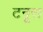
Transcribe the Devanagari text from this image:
टनूरा